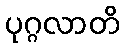
ပုဂ္ဂလာတိ